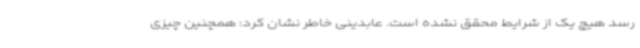
رسد هیچ یک از شرایط محقق نشده است. عابدینی خاطر نشان کرد: همچنین چیزی